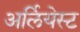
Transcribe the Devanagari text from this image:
अर्लियेस्ट